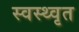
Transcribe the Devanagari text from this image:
स्वस्थ्वृत